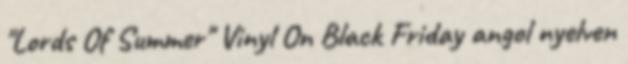
"Lords Of Summer" Vinyl On Black Friday angol nyelven